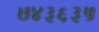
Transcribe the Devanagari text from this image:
७४३६३५